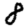
Digit: 8